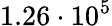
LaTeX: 1.26\cdot 10^{5}